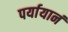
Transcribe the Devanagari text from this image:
पर्यायानं